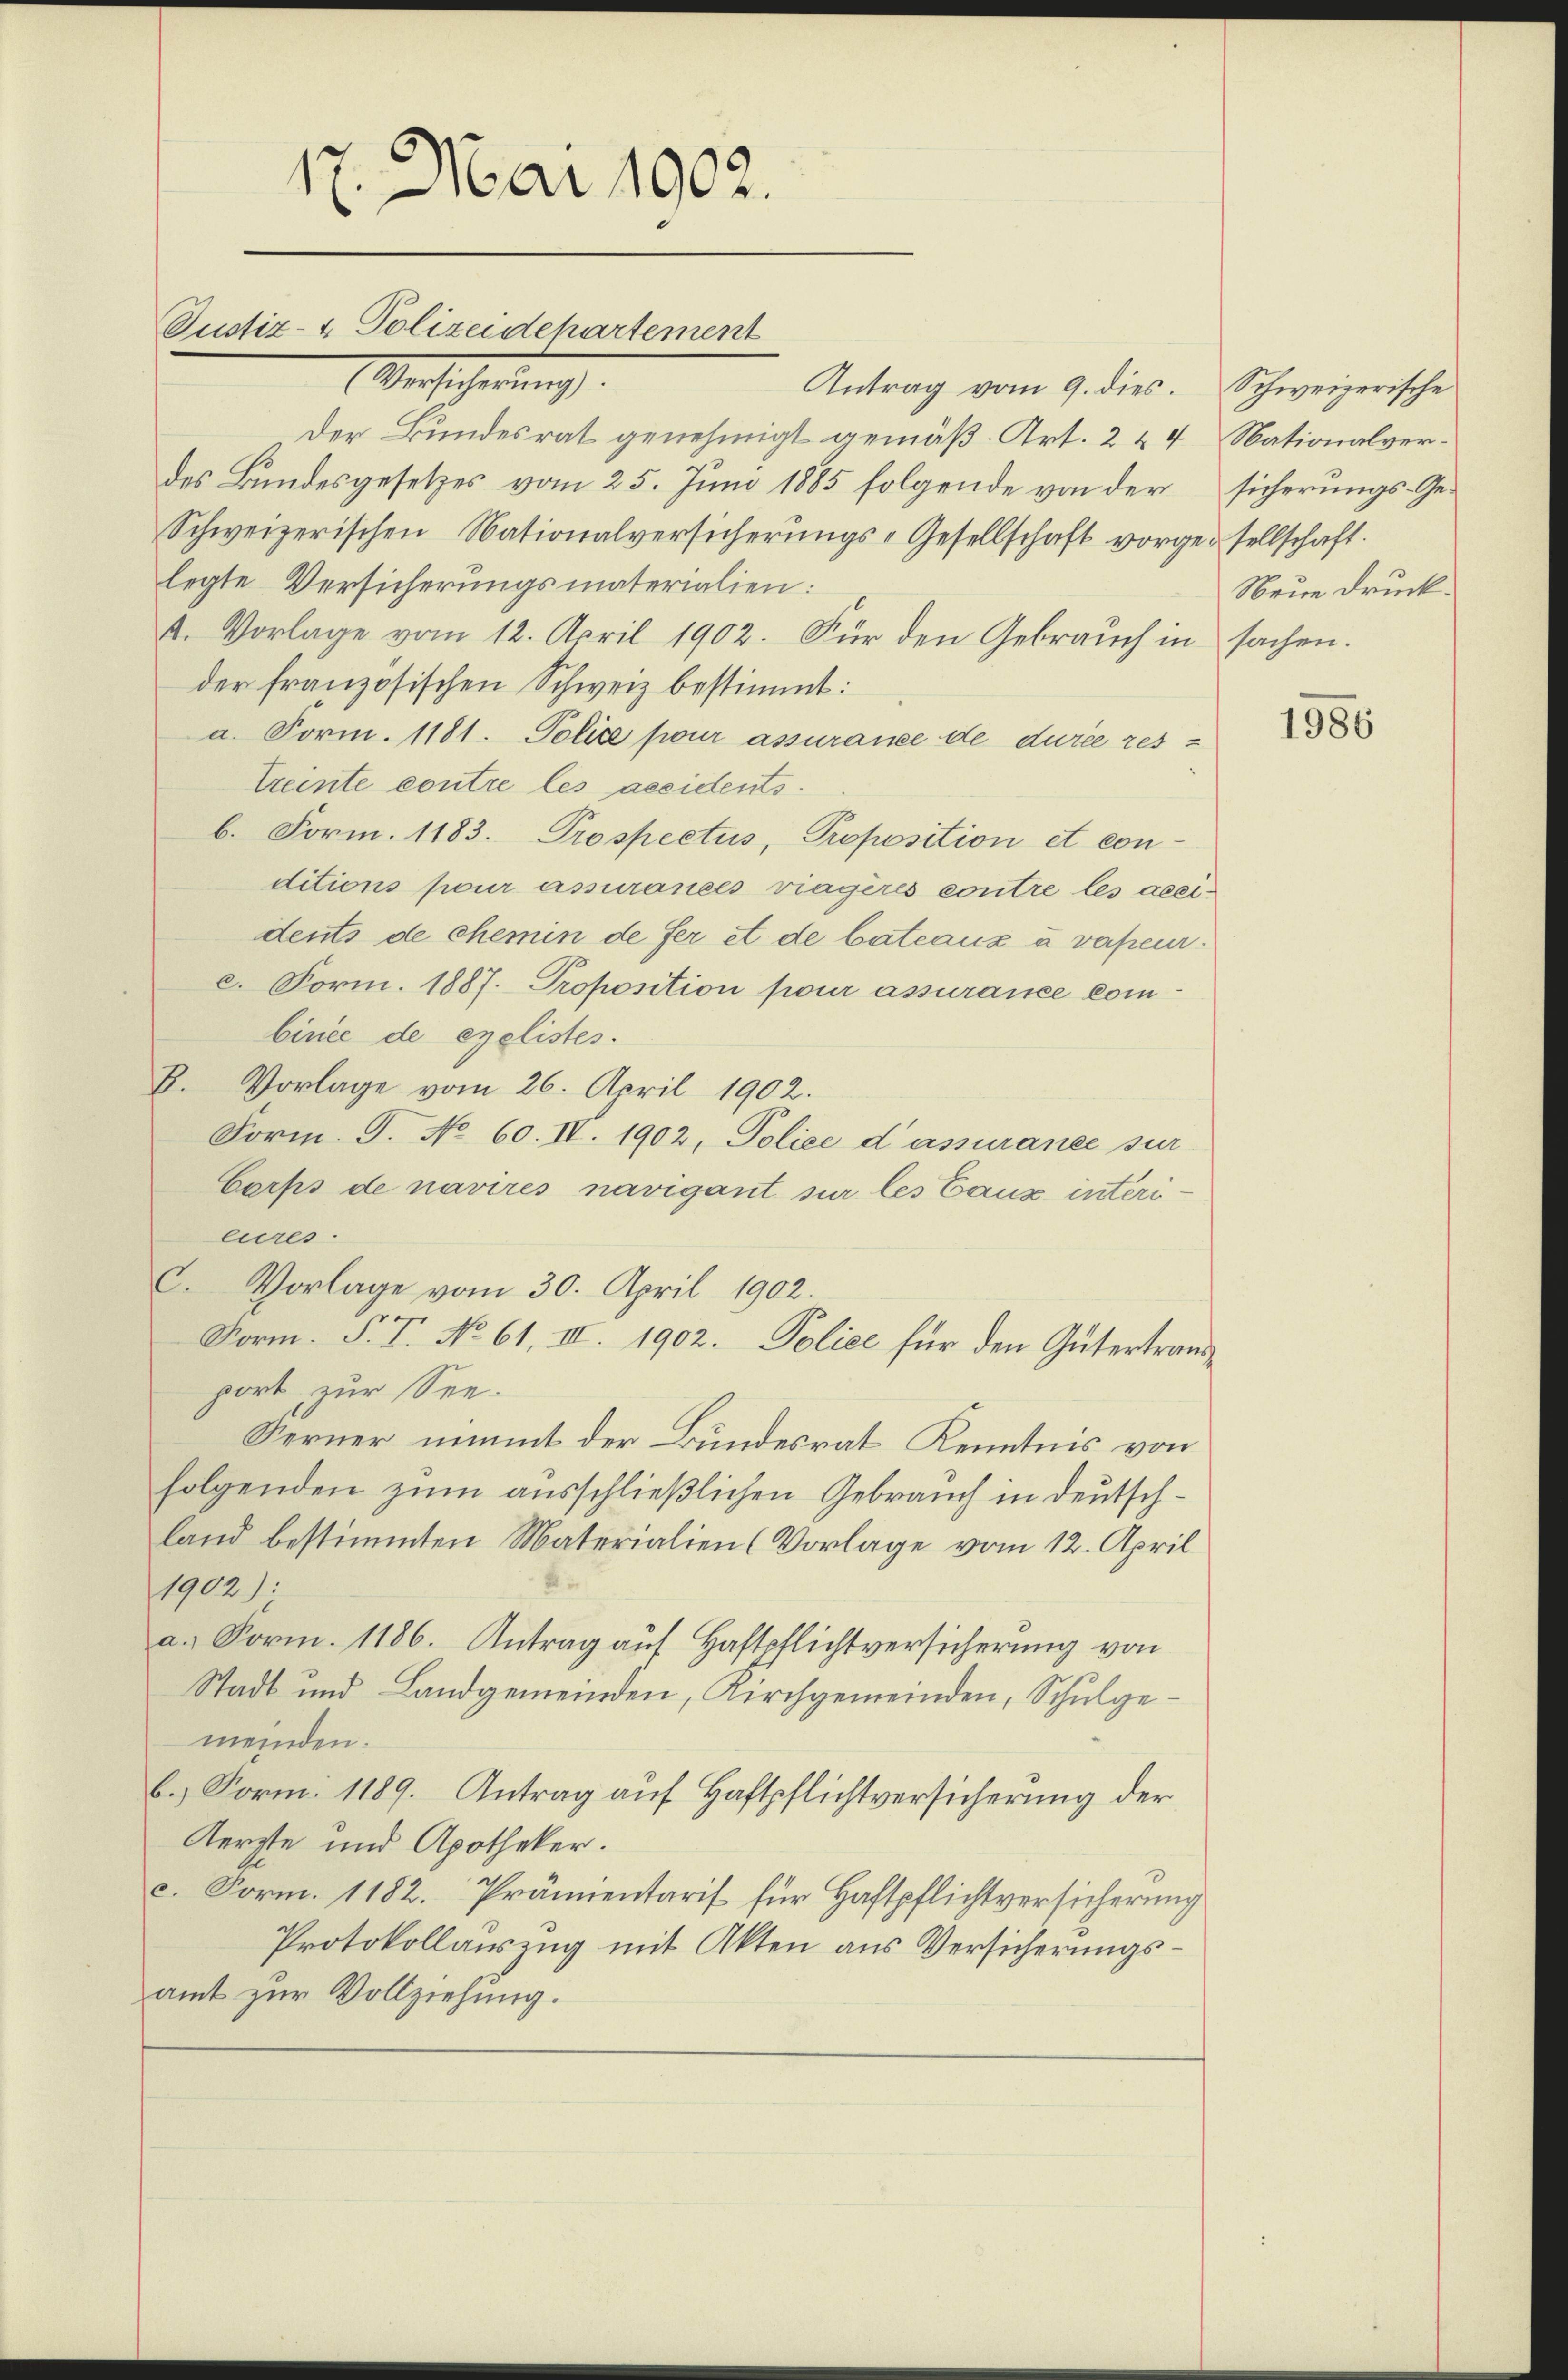
17. Mai 1902.
Justiz- & Polizeidepartement

Versicherung.
Antrag vom 9. dies. Schweizerische
Der Bundesrat genehmigt gemäß Art. 2 & 4 Nationalverdes Bundesgesetzes vom 25. Juni 1885 folgende von der
Schweizerischen Nationalversicherŭngs-Gesellschaft vorgesellschaft.
legte Versicherungsmaterialien:
4. Vorlage vom 12. April 1902. Für den Gebraŭch in sachen.
der französischen Schweiz bestimmt:
a. Form. 1181. Police pour assurance de durée restreinte contre les aesidents.
b. Form. 1183. Prospectus, Proposition et con-
ditions pour assurances viagères contre les aceidents de chemin de fer et de bateaux u verheurc. Form. 1887. Proposition pour assurance combinée de exelistes.
B. Vorlage vom 26. April 1902.
Form. S. No 60. IV. 1902, Police d’assurance sur
Corps de navires navigant sur les Ganz interi
eures.
C. Vorlage vom 30. April 1902.
Form. P. T. No 61. III. 1902. Police für den Gütertrausport zur See.
Ferner nimmt der Bundesrat Kenntnis von
folgenden zum ausschließlichen Gebrauch in deutschland bestimmten Materialien (Vorlage vom 12. April
1902):
a. Form. 1186. Antrag auf Haftpflichtversicherung von
Stadt und Landgemeinden, Kirchgemeinden, Schulgemeinden.
b.) Form: 1189. Antrag auf Haftpflichtversicherung der
Kerzte und Apotheker.
c. Form. 1182. Prämientaris für Haftpflichtversicherung
Protokollauszug mit Akten aus Versicherungsamt zur Vollziehung.

sicherungs-Ge¬
Neue Druck.

1986